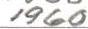
1960